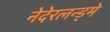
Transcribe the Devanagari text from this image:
नेदेरलन्ड्मे